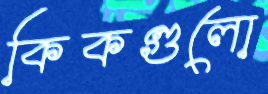
কিকগুলো